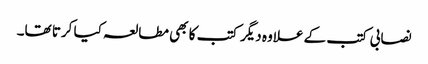
نصابی کتب کے علاوہ دیگر کتب کا بھی مطالعہ کیا کرتا تھا۔